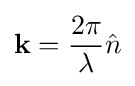
\mathbf {k} ={\frac {2\pi }{\lambda }}{\hat {n}}